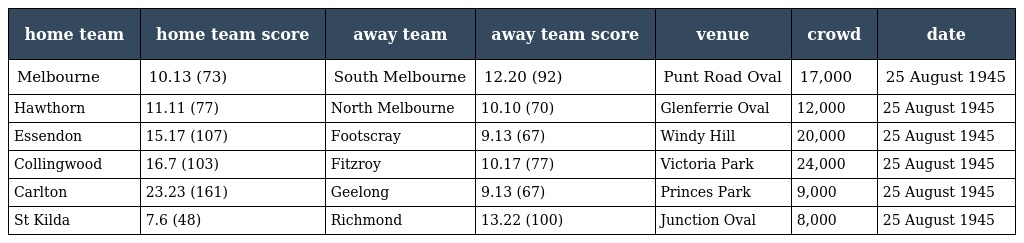
| home team | home team score | away team | away team score | venue | crowd | date |
 | --- | --- | --- | --- | --- | --- | --- |
 | Melbourne | 10.13 (73) | South Melbourne | 12.20 (92) | Punt Road Oval | 17,000 | 25 August 1945 |
 | Hawthorn | 11.11 (77) | North Melbourne | 10.10 (70) | Glenferrie Oval | 12,000 | 25 August 1945 |
 | Essendon | 15.17 (107) | Footscray | 9.13 (67) | Windy Hill | 20,000 | 25 August 1945 |
 | Collingwood | 16.7 (103) | Fitzroy | 10.17 (77) | Victoria Park | 24,000 | 25 August 1945 |
 | Carlton | 23.23 (161) | Geelong | 9.13 (67) | Princes Park | 9,000 | 25 August 1945 |
 | St Kilda | 7.6 (48) | Richmond | 13.22 (100) | Junction Oval | 8,000 | 25 August 1945 |